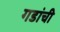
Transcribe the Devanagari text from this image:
गडांची